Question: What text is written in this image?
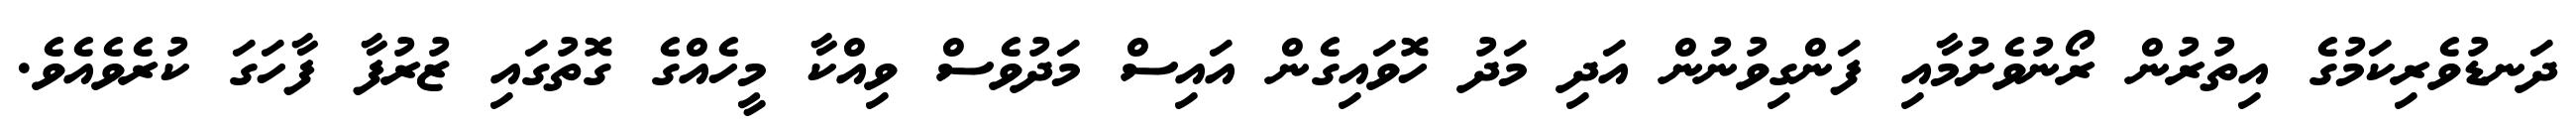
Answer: ދަނޑުވެރިކަމުގެ އިތުރުން ރޯނުވެށުމާއި ފަންގިވުނުން އަދި މަދު ހޮވައިގެން އައިސް މަދުވެސް ވިއްކާ މީހެއްގެ ގޮތުގައި ޒުރުފާ ފާހަގަ ކުރެވެއެވެ.